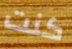
كنت